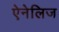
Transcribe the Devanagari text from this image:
ऐनेलिज